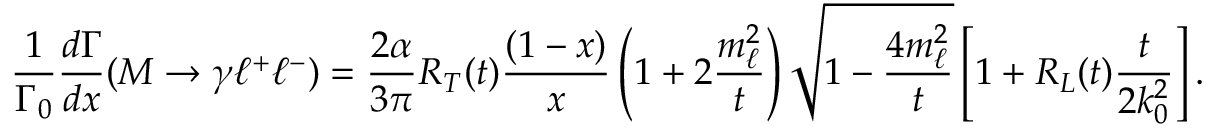
\displaystyle \frac { 1 } { \Gamma _ { 0 } } \displaystyle \frac { d \Gamma } { d x } ( M \to \gamma \ell ^ { + } \ell ^ { - } ) = \displaystyle \frac { 2 \alpha } { 3 \pi } R _ { T } ( t ) \displaystyle \frac { ( 1 - x ) } { x } \left( 1 + 2 \displaystyle \frac { m _ { \ell } ^ { 2 } } { t } \right) \sqrt { 1 - \displaystyle \frac { 4 m _ { \ell } ^ { 2 } } { t } } \left[ 1 + R _ { L } ( t ) \displaystyle \frac { t } { 2 k _ { 0 } ^ { 2 } } \right] .